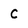
Character: C